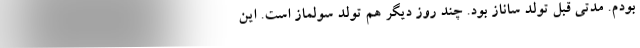
بودم. مدتی قبل تولد ساناز بود. چند روز دیگر هم تولد سولماز است. این